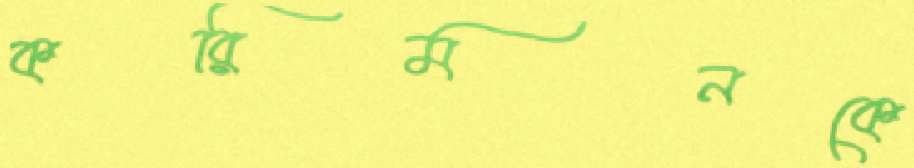
করিমনকে